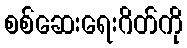
စစ်ဆေးရေးဂိတ်ကို